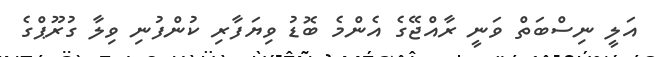
އަލީ ނިސްބަތް ވަނީ ރާއްޖޭގެ އެންމެ ބޮޑު ވިޔަފާރި ކުންފުނި ވިލާ ގުރޫޕްގެ